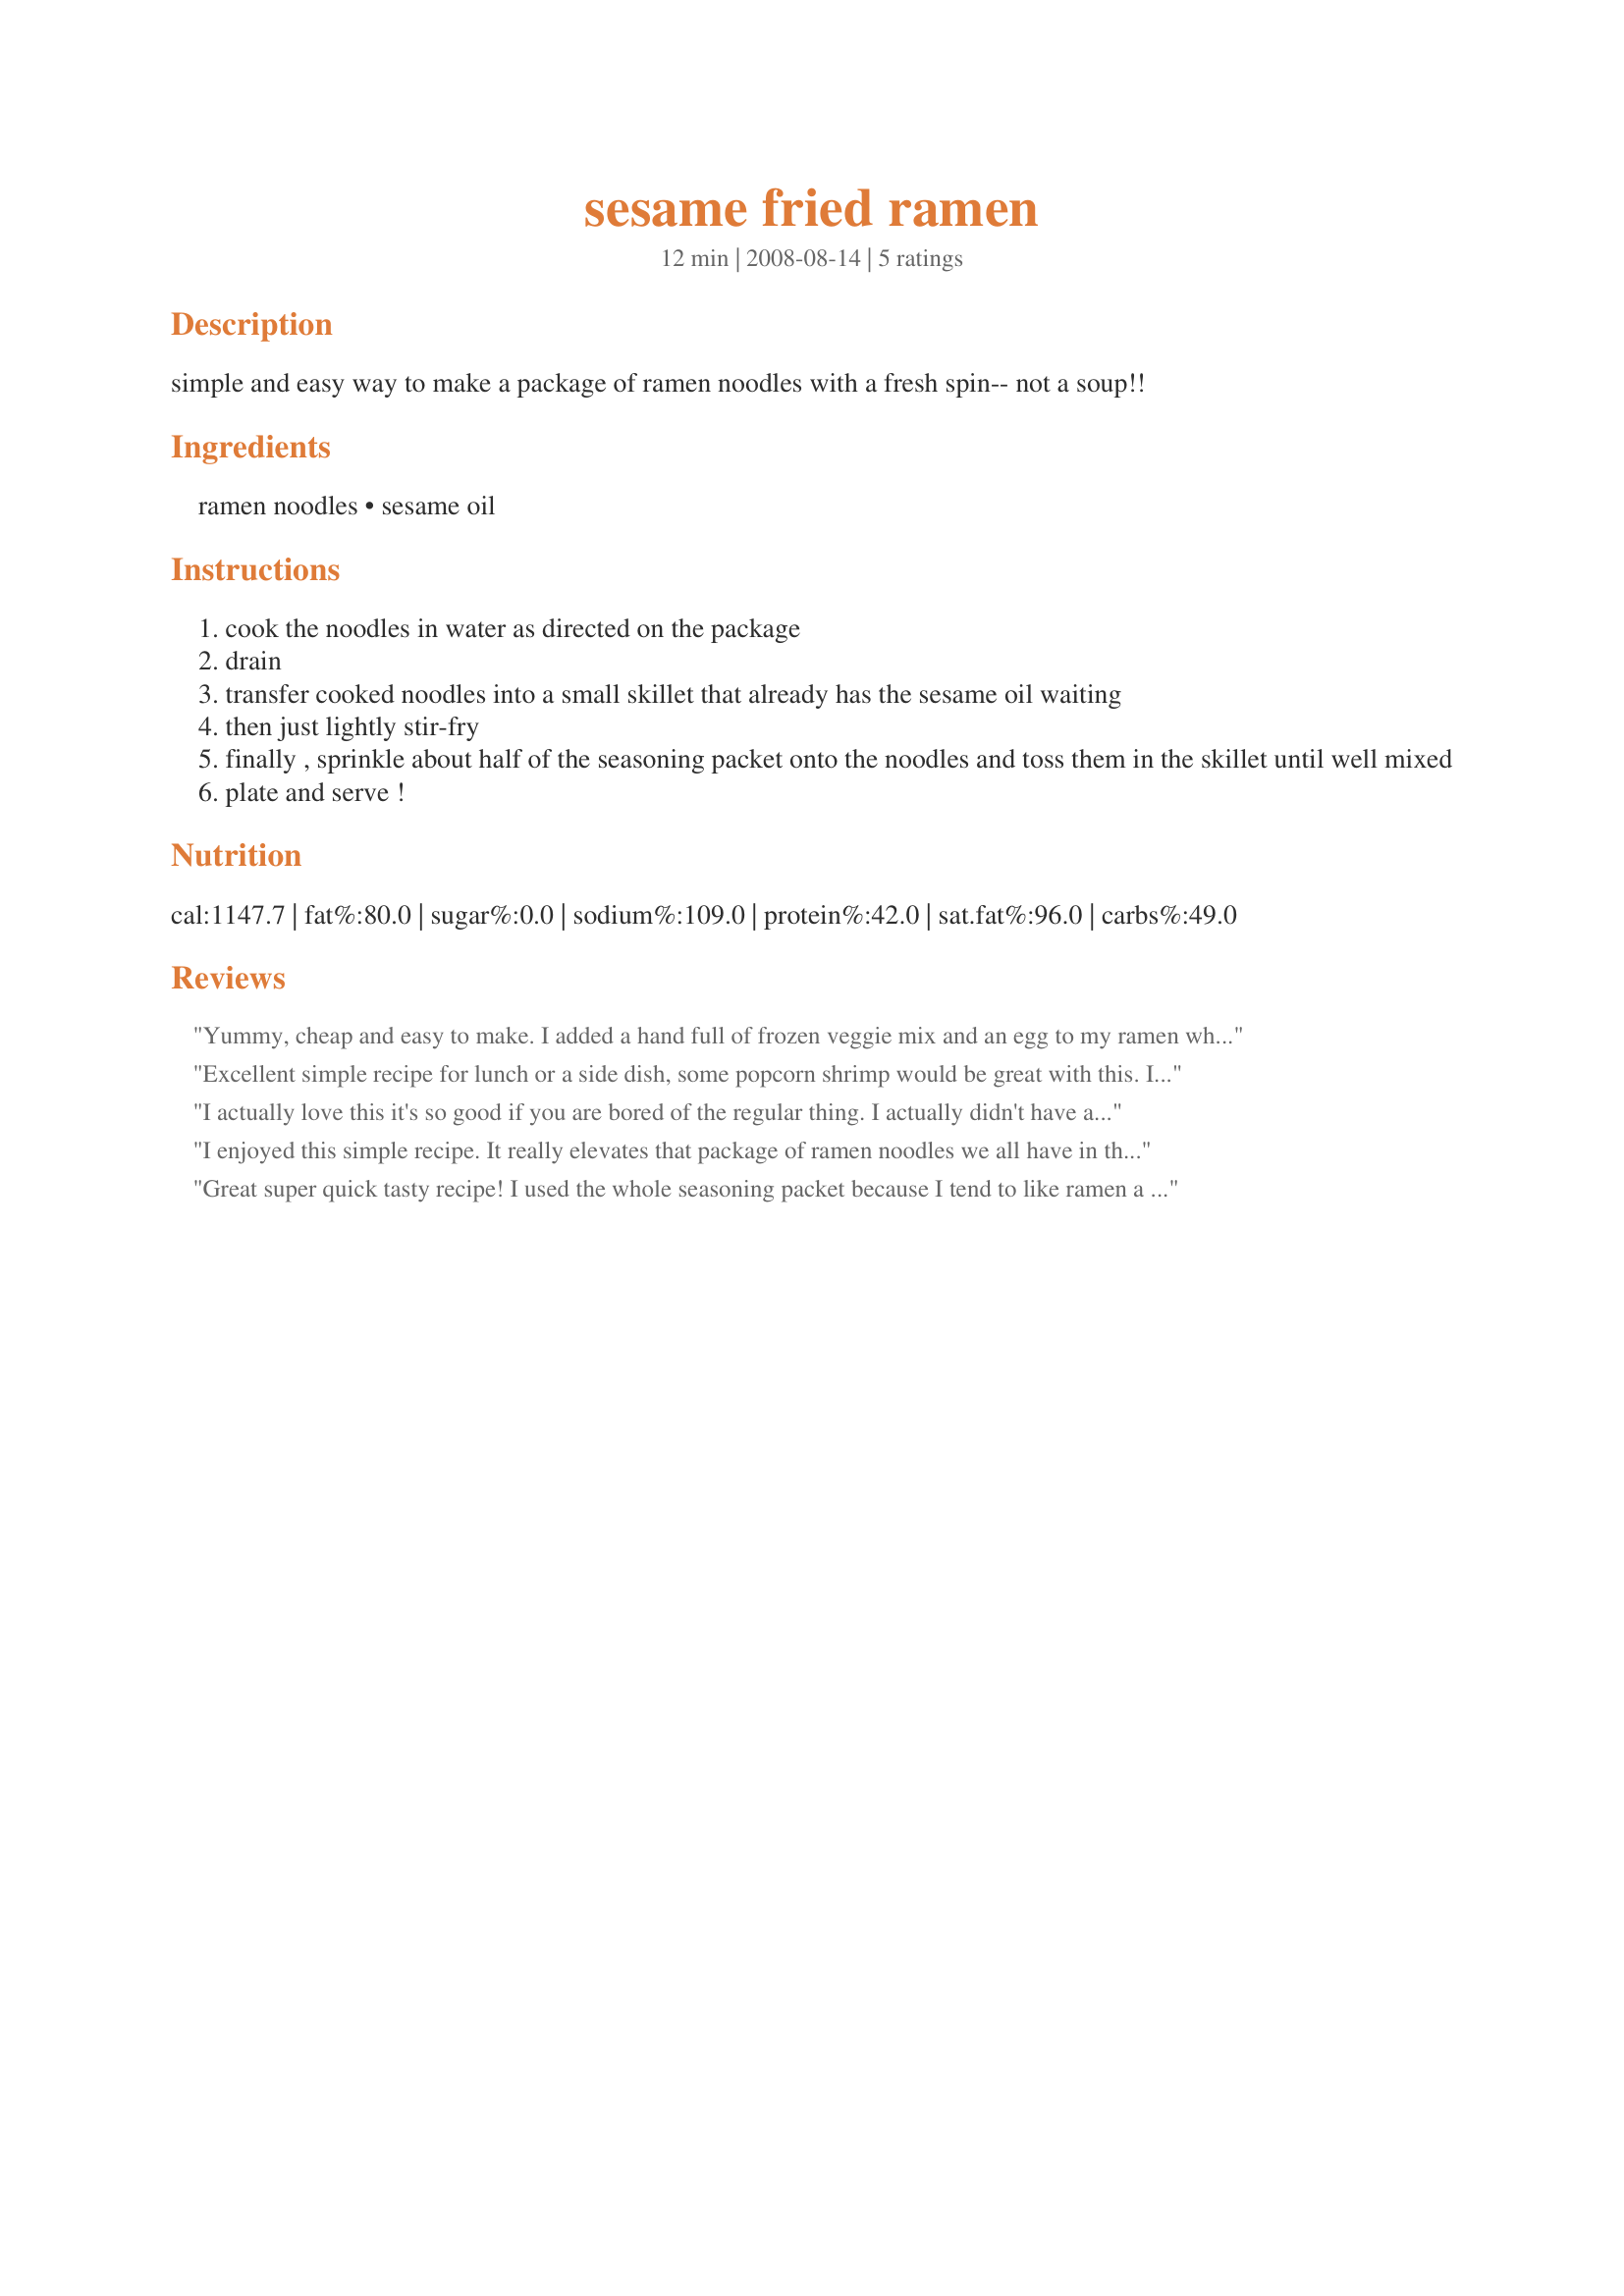
sesame fried ramen
Preparation time: 12 minutes

simple and easy way to make a package of ramen noodles with a fresh spin-- not a soup!!

Ingredients:
ramen noodles, sesame oil

Steps:
cook the noodles in water as directed on the package
drain
transfer cooked noodles into a small skillet that already has the sesame oil waiting
then just lightly stir-fry
finally , sprinkle about half of the seasoning packet onto the noodles and toss them in the skillet until well mixed
plate and serve !

Reviews:
Yummy, cheap and easy to make. I added a hand full of frozen veggie mix and an egg to my ramen when I fried them.
Excellent simple recipe for lunch or a side dish, some popcorn shrimp would be great with this. I'm saving this in my Asian cookbook. Made for *Fall PAC 2008*
Thanks!
I actually love this it's so good if you are bored of the regular thing. I actually didn't have any sesame oil, I used coconut oil (which has many extreme health benefits), and I added sesame seeds. I never had thought of frying the ramen before! Thanks!
I enjoyed this simple recipe. It really elevates that package of ramen noodles we all have in the pantry. I did add some grated carrot, sliced green onion, finely chopped broccoli, and sesame seeds. Easy lunch and quick to make! I do hope the nutrition facts are very wrong. Thank you for sharing your recipe! Made for Fall 08 Pick A Chef.
Great super quick tasty recipe! I used the whole seasoning packet because I tend to like ramen a lil salty, but I would taste it with half first and add more if you want. I also sprinkled some toasted sesame seeds on top, yummy. This would be great with stir-fried veggies too I think. Made this for Fall PAC 2008, thanks!
